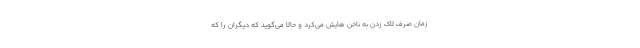
زمان صرف لاک زدن به ناخن هایش می‌کرد و حالا می‌گوید که دیگران را که